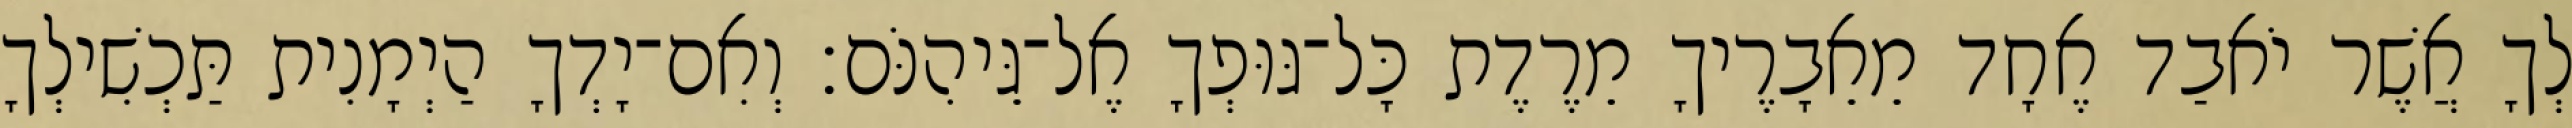
לְךָ אֲשֶׁר יֹאבַד אֶחָד מֵאֵבָרֶיךָ מֵרֶדֶת כָּל־גּוּפְךָ אֶל־גֵּיהִנֹּם׃ וְאִם־יָדְךָ הַיְמָנִית תַּכְשִׁילְךָ